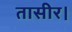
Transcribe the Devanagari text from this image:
तासीर।